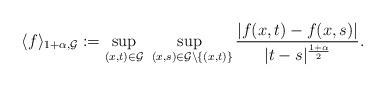
LaTeX: \begin{align*}\langle f \rangle_{1 + \alpha,\mathcal{G}} := \sup_{(x,t) \in \mathcal{G}}\sup_{~(x,s) \in \mathcal{G} \setminus \{(x,t)\}} \frac{|f(x,t) - f(x,s)|}{|t - s|^\frac{1 + \alpha}{2}}.\end{align*}